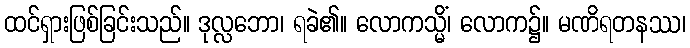
ထင်ရှားဖြစ်ခြင်းသည်။ ဒုလ္လဘော၊ ရခဲ၏။ လောကသ္မိံ၊ လောက၌။ မဏိရတနဿ၊